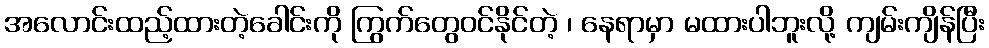
အလောင်းထည့်ထားတဲ့ခေါင်းကို ကြွက်တွေဝင်နိုင်တဲ့ ၊ နေရာမှာ မထားပါဘူးလို့ ကျမ်းကျိန်ပြီး